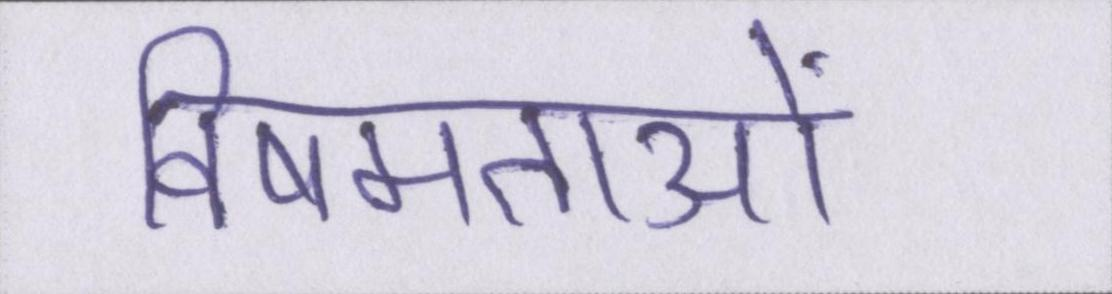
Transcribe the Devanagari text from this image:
विषमताओं